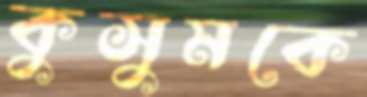
কুসুমকে